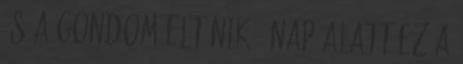
és a gondom eltűnik 4 nap alatt Ez a